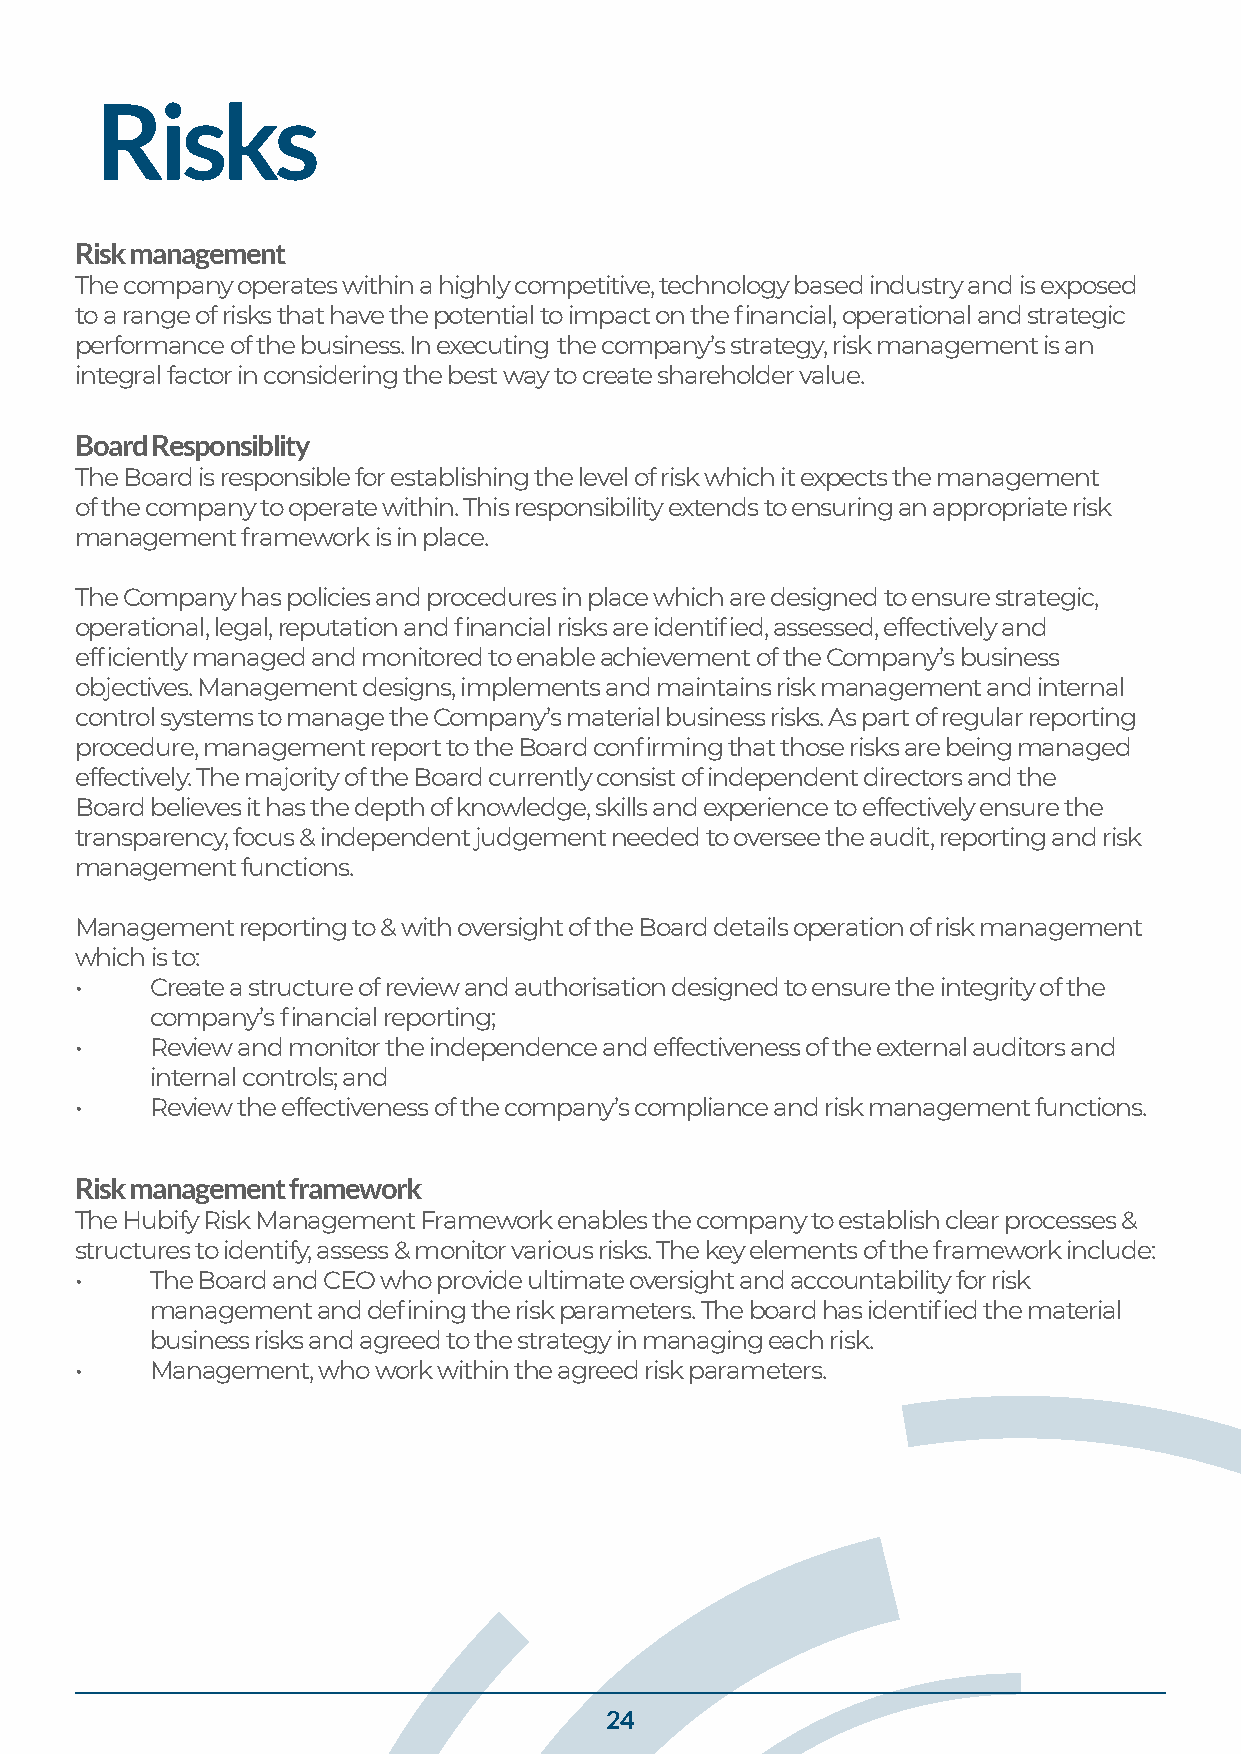
Risks
 Risk management
 The company operates within a highly competitive, technology based industry and is exposed
 to a range of risks that have the potential to impact on the financial, operational and strategic
 performance of the business. In executing the company’s strategy, risk management is an
 integral factor in considering the best way to create shareholder value.
 Board Responsiblity
 The Board is responsible for establishing the level of risk which it expects the management
 of the company to operate within. This responsibility extends to ensuring an appropriate risk
 management framework is in place.
 The Company has policies and procedures in place which are designed to ensure strategic,
 operational, legal, reputation and financial risks are identified, assessed, effectively and
 efficiently managed and monitored to enable achievement of the Company’s business
 objectives. Management designs, implements and maintains risk management and internal
 control systems to manage the Company’s material business risks. As part of regular reporting
 procedure, management report to the Board confirming that those risks are being managed
 effectively. The majority of the Board currently consist of independent directors and the
 Board believes it has the depth of knowledge, skills and experience to effectively ensure the
 transparency, focus & independent judgement needed to oversee the audit, reporting and risk
 management functions.
 Management reporting to & with oversight of the Board details operation of risk management
 which is to:
 •    Create a structure of review and authorisation designed to ensure the integrity of the
 company’s financial reporting;
 •    Review and monitor the independence and effectiveness of the external auditors and
 internal controls; and
 •    Review the effectiveness of the company’s compliance and risk management functions.
 Risk management framework
 The Hubify Risk Management Framework enables the company to establish clear processes &
 structures to identify, assess & monitor various risks. The key elements of the framework include:
 •    The Board and CEO who provide ultimate oversight and accountability for risk
 management and defining the risk parameters. The board has identified the material
 business risks and agreed to the strategy in managing each risk.
 •    Management, who work within the agreed risk parameters.
 24